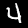
Digit: 4